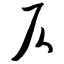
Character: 仄